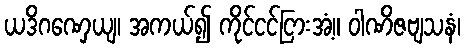
ယဒိဂဏှေယျ၊ အကယ်၍ ကိုင်ငင်ငြားအံ့။ ဝါဏိဇဗျသနံ၊